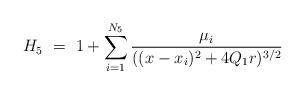
LaTeX: \begin{align*} H_{5} \ = \ 1+ \sum_{i=1}^{N_{5}} \frac{\mu_{i}}{((x-x_{i})^{2} + 4Q_{1}r)^{3/2}}\end{align*}